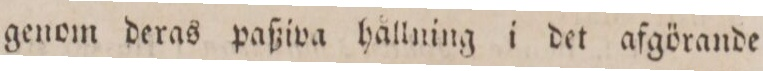
genom deras paßiva hållning i det afgörande